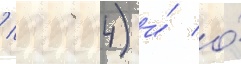
/ 1984) и́ о́